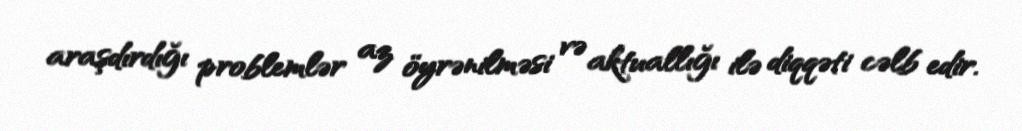
araşdırdığı problemlər az öyrənilməsi və aktuallığı ilə diqqəti cəlb edir.